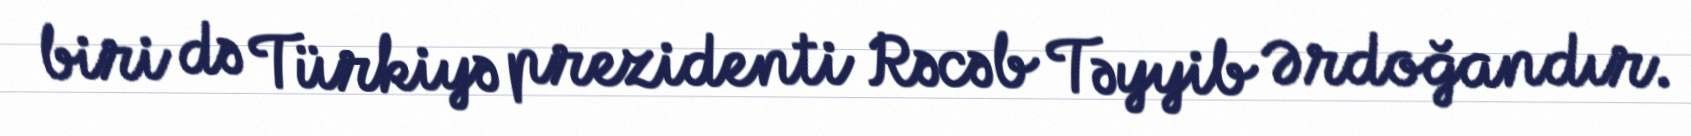
biri də Türkiyə prezidenti Rəcəb Təyyib Ərdoğandır.